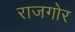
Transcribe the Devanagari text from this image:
राजगोर